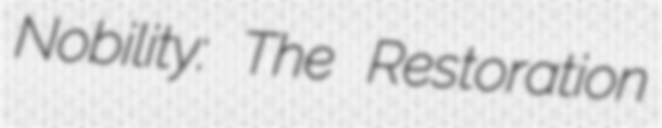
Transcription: Nobility: The Restoration